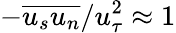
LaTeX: -\overline{{u_{s}u_{n}}}/u_{\tau}^{2}\approx 1